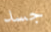
جسد